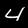
Digit: 4